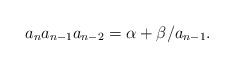
LaTeX: \begin{align*} a_na_{n-1}a_{n-2}=\alpha+\beta/a_{n-1}.\end{align*}